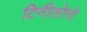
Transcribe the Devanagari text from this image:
टिनीलोगो